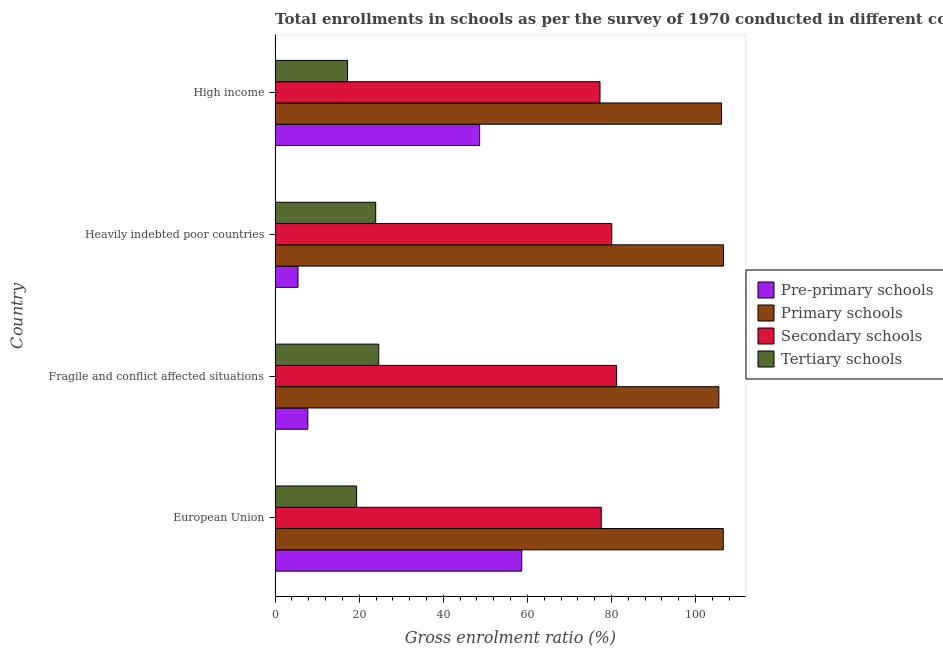
| Country | Pre-primary schools | Primary schools | Secondary schools | Tertiary schools |
 | --- | --- | --- | --- | --- |
 | European Union | 58.7 | 107 | 77.6 | 19.4 |
 | Fragile and conflict affected situations | 7.79 | 106 | 81.2 | 24.6 |
 | Heavily indebted poor countries | 5.45 | 107 | 80.1 | 23.9 |
 | High income | 48.6 | 106 | 77.3 | 17.2 |